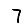
Digit: 7